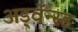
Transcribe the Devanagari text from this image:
अड्वॅन्स्ड